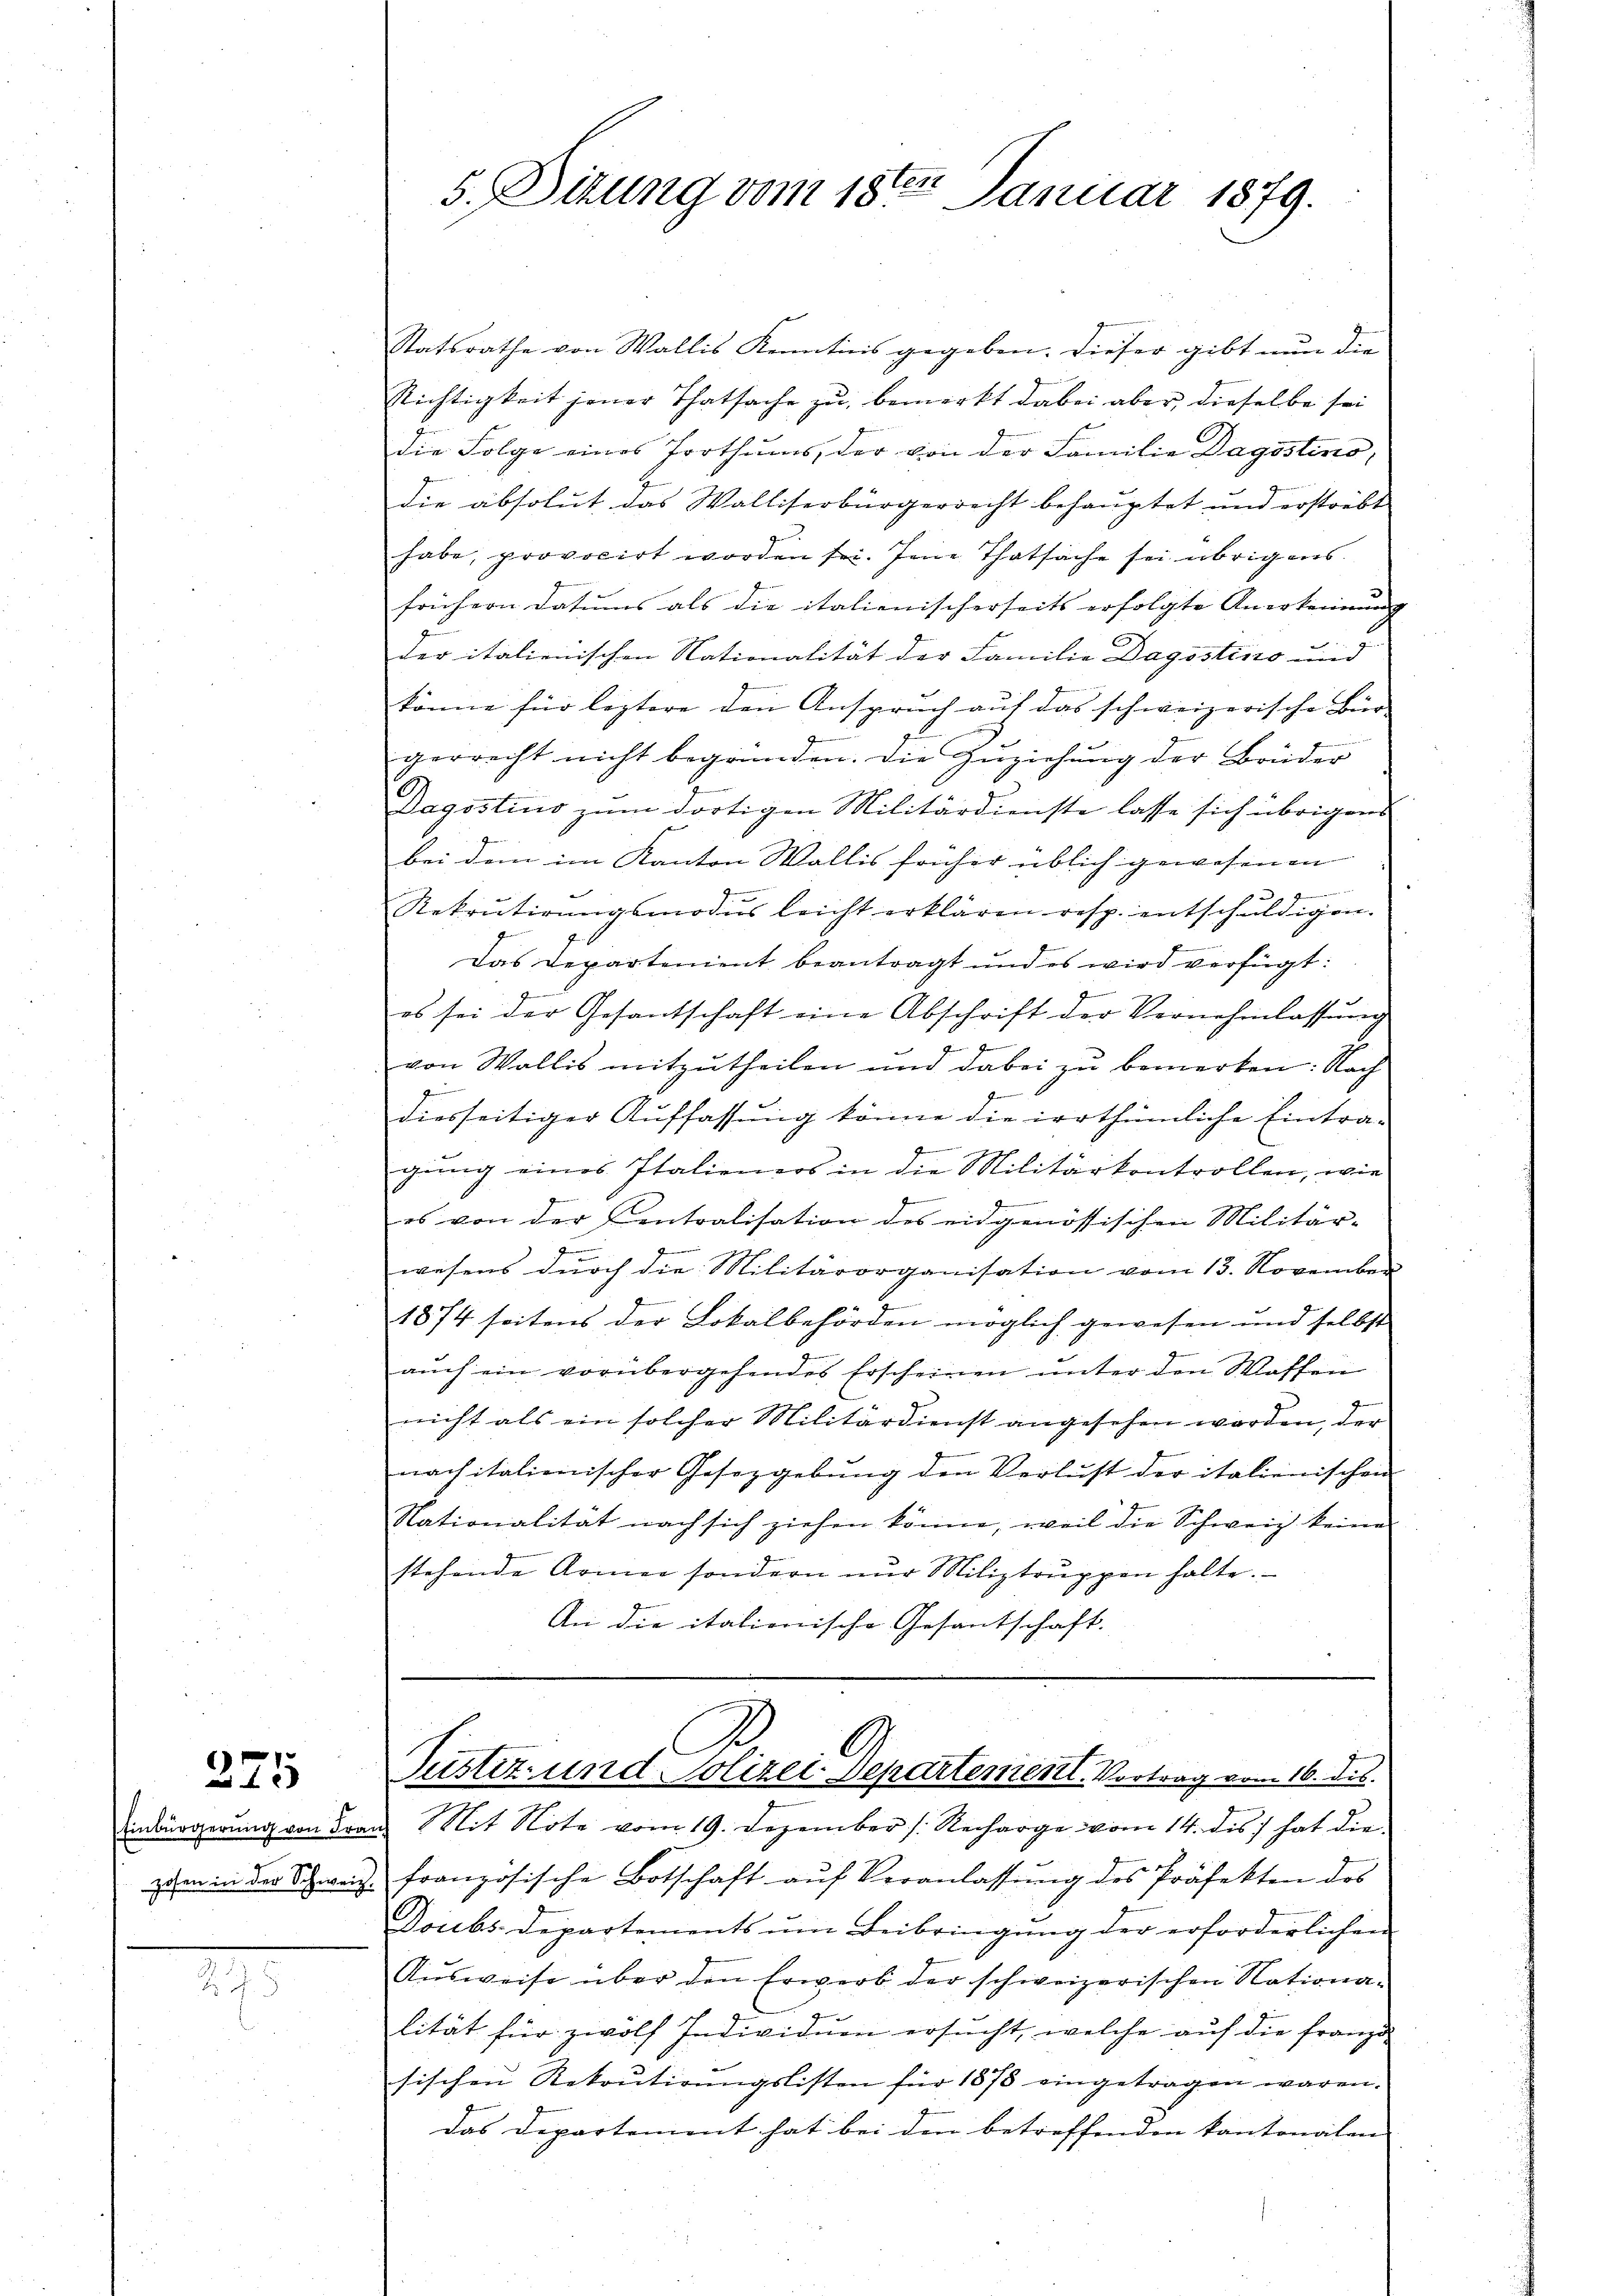
)
12

Einbürgerung von Fra
zosen in der Schweiz.

2.5

Statsrathe von Wallis Kenntnis gegeben. Dieser gibt nun die
Richtigkeit jener Thatsache zu bemerkt dabei aber, dieselbe sei
die Folge eines Torthums, der von der Familie Dagostino,
die absolut das Walliserbürgerrecht behauptet und erstrebt
habe, provocirt worden sei. Jene Thatsache sei übrigens
frühern datums als die italienischerseits erfolgte Anerkennung
der italienischen Nationalität der Familie Dagsstins und
könne für leztere den Anspruch auf das schweizerische Bür-
gerrecht nicht begründen. Die Zuziehung der Brüder
Dagostius zum dortigen Militärdienste lasse sich übrigens
bei dem im Kanton Wallis früher üblich gewesenen |
1
Rekrutirŭngsmodŭs leicht erklären resp. entschŭldigen.
Das Departement beantragt und es wird verfügt:
g
es sei der Gesantschaft eine Abschrift der Vernehmlassŭng
2
von Wallis mitzutheilen und dabei zu bemerken: Nach
z
1
diesseitiger Auffassung könne die irrthümliche Eintrag
gung eines Italieners in die Militärkontrollen, wie
f
es von der Centralisation des eidgenössischen Militär-
J
wesens durch die Militärorganisation vom 13. November
1874 seitens der Lokalbehörden möglich gewesen und selbst
auch ein vorübergehendes Erscheinen unter den Waffen
nicht als ein solcher Militärdienst angesehen worden, der
nach italienischer Gesetzgebung den Verlust der italienischen
Nationalität nach sich ziehen könne, weil die Schweiz keine
stehende Armee sondern nŭr Miliztrŭppen halte.
An die italienische Gesantschaft.

5. Sitzung vom 18ten Januar 1879.

d
l
Justiz- und Polizei-Departement. Vortrag vom 16. dis

u. Mit Note vom 19. Dezember (Recharge vom 14. des hat die
französische Botschaft aŭf Veranlassŭng des Präfekten des
Doubs Departements ŭm Beibringŭng der erforderlichen
Aŭsweise über den Erwerb der schweizerischen Nationa-
lität für zwölf Individuen ersucht, welche auf die franze
sischen Rekrutirungslisten für 1875 eingetragen waren.
Das Departement hat bei den betreffenden kantonalen